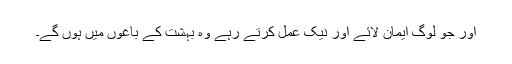
اور جو لوگ ایمان لائے اور نیک عمل کرتے رہے وہ بہشت کے باغوں میں ہوں گے۔